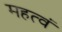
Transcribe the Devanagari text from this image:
महत्वं